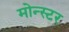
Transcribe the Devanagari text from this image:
मोन्स्टर